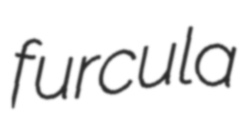
furcula